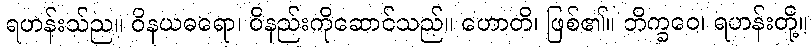
ရဟန်းသ်ည။ ဝိနယဓရော၊ ဝိနည်းကိုဆောင်သည်။ ဟောတိ၊ ဖြစ်၏။ ဘိက္ခဝေ၊ ရဟန်းတို့။